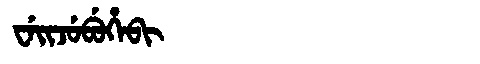
Manchu: ᠸᡝᡳᠵᡠᠪᡠᡥᡝᠪᡳ
Romanization: WEIJUBUHEBI